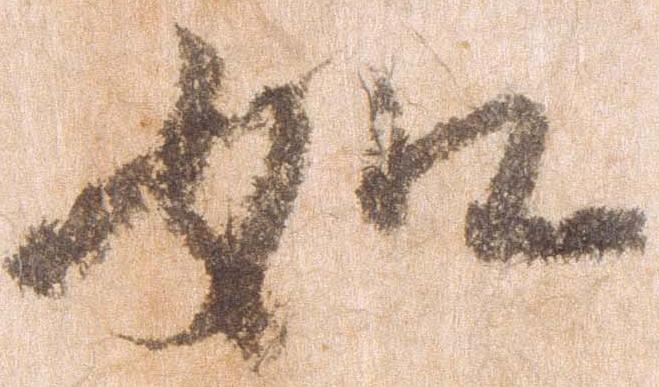
如